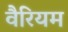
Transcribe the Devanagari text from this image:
वैरियम